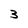
Character: 3